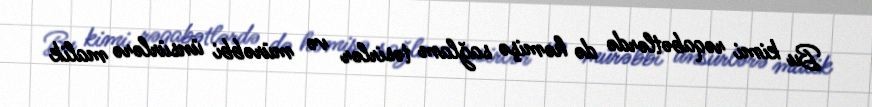
Bu kimi rəqabətlərdə də həmişə sağlam təsirlər və mürəbbi ünsürlərə malik